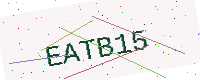
Text: EATB15